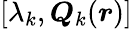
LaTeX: [\lambda_{k},\boldsymbol{Q}_{k}(\boldsymbol{r})]